Indian journal of veterinary science and animal husbandry - Volumes 26-27, 1956-1957
Year: 1956
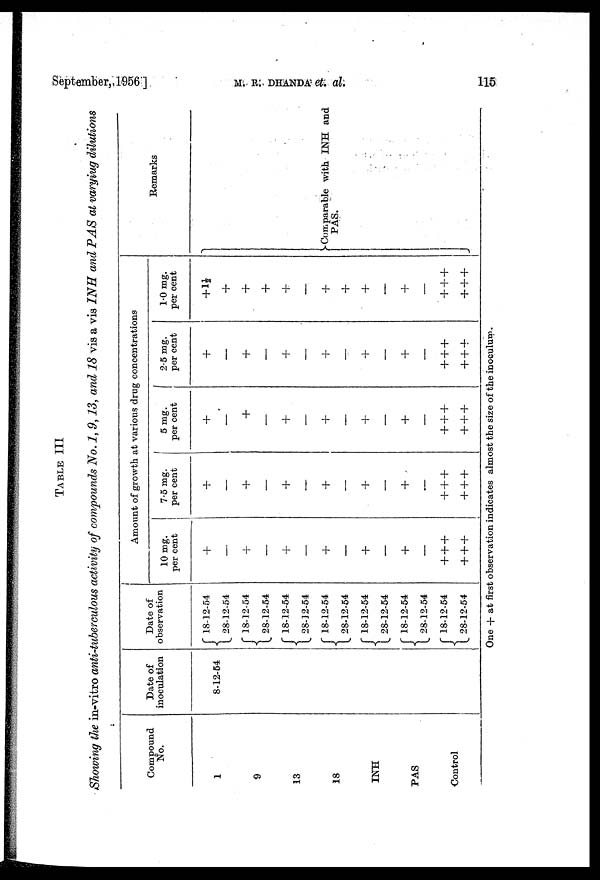
September, 1956 ]
M.
R.
DHANDA
et. al.
115
TABLE III
Showing the in-vitro anti-tuberculous activity of compounds No. 1, 9,13, and 18 vis a vis INH and PAS at varyiug dilutions
Compound
No.
1
9
13
18
INH
PAS
Control
Date of
inoculation
8-12-54
Date of
observation
{18-12-54
28-12-54
{18-12-54
28-12-54
{18-12-54
28-12-54
{18-12-54
28-12-54
{18-12-54
28-12-54
{18-12-54
28-12-54
{18-12-54
28-12-54
Amount of growth at various drug concentrations
10 mg.
per cent
+
—
+
—
+
—
+
—
+
—
+
—
+++
+++
7.5 mg.
per cent
+
—
+
—
+
—
+
—
+
–
+
—
+++
+++
5 mg.
per cent
+
—
+
—
+
—
+
—
+
—
+
—
+++
+++
2.5 mg.
per cent
+
—
+
—
+
—
+
—
+
—
+
—
+++
+++
1.0 mg.
per cent
+1½
+
+
+
+
—
+
+
+
–
+
—
+++
+++
Remarks
} Comparable with INH and
PAS.
One + at first observation indicates almost the size of the inoculum.